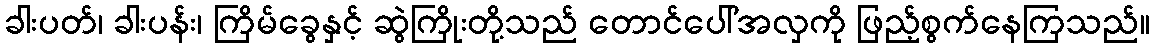
ခါးပတ်၊ ခါးပန်း၊ ကြိမ်ခွေနှင့် ဆွဲကြိုးတို့သည် တောင်ပေါ်အလှကို ဖြည့်စွက်နေကြသည်။